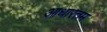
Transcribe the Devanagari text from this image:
आधारतम